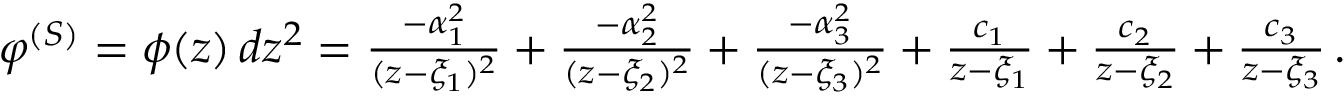
\begin{array} { r } { \varphi ^ { ( S ) } = \phi ( z ) \, d z ^ { 2 } = { \frac { - \alpha _ { 1 } ^ { 2 } } { ( z - \xi _ { 1 } ) ^ { 2 } } } + { \frac { - \alpha _ { 2 } ^ { 2 } } { ( z - \xi _ { 2 } ) ^ { 2 } } } + { \frac { - \alpha _ { 3 } ^ { 2 } } { ( z - \xi _ { 3 } ) ^ { 2 } } } + { \frac { c _ { 1 } } { z - \xi _ { 1 } } } + { \frac { c _ { 2 } } { z - \xi _ { 2 } } } + { \frac { c _ { 3 } } { z - \xi _ { 3 } } } \, . } \end{array}